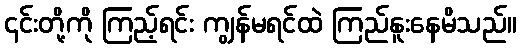
၎င်းတို့ကို ကြည့်ရင်း ကျွန်မရင်ထဲ ကြည်နူးနေမိသည်။